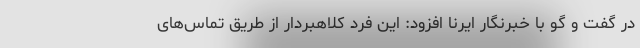
در گفت و گو با خبرنگار ایرنا افزود: این فرد کلاهبردار از طریق تماس‌های